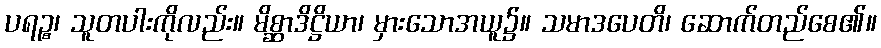
ပရဉ္စ၊ သူတပါးကိုလည်း။ မိစ္ဆာဒိဋ္ဌိယာ၊ မှားသောအယူ၌။ သမာဒပေတိ၊ ဆောက်တည်စေ၏။